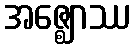
အဇ္ဈောဿ